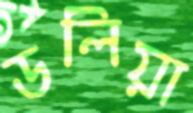
ডলিয়া